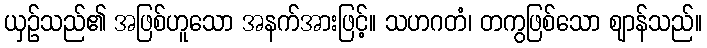
ယှဉ်သည်၏ အဖြစ်ဟူသော အနက်အားဖြင့်။ သဟဂတံ၊ တကွဖြစ်သော ဈာန်သည်။